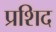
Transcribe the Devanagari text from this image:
प्रशिद